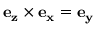
\mathbf { e _ { z } } \times \mathbf { e _ { x } } = \mathbf { e _ { y } }